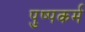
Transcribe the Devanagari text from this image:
पुष्पकर्म